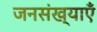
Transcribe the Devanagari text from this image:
जनसंख्याएँ